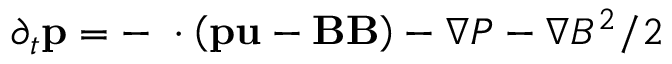
\partial _ { t } \mathbf { p } = - \mathbf { \nabla } \cdot \left( \mathbf { p } \mathbf { u } - \mathbf { B } \mathbf { B } \right) - \nabla P - \nabla B ^ { 2 } / 2